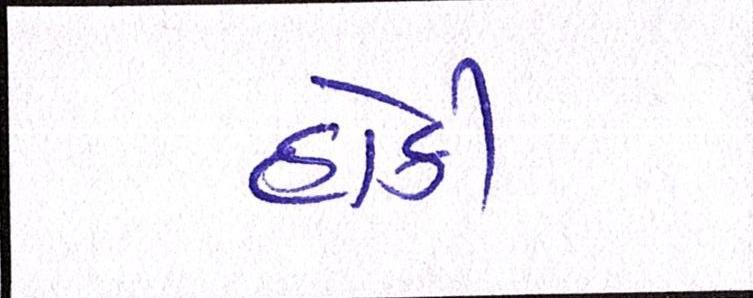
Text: હોકી